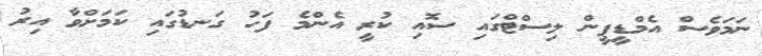
ނަމަވެސް އެމްޑީޕީން ލިސްޓްގައި ސޮއި ކުރީ އެންމެ ފަހު ގަނޑުގައި ކަމަށްވާ އިރު